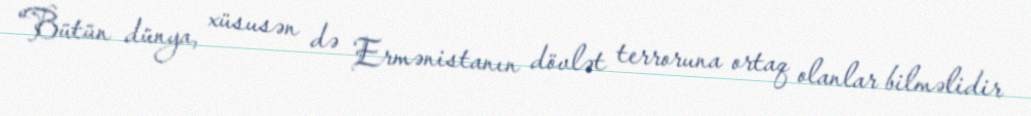
“Bütün dünya, xüsusən də Ermənistanın dövlət terroruna ortaq olanlar bilməlidir